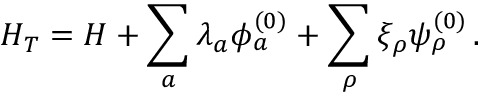
H _ { T } = H + \sum _ { a } \lambda _ { a } \phi _ { a } ^ { ( 0 ) } + \sum _ { \rho } \xi _ { \rho } \psi _ { \rho } ^ { ( 0 ) } \, .